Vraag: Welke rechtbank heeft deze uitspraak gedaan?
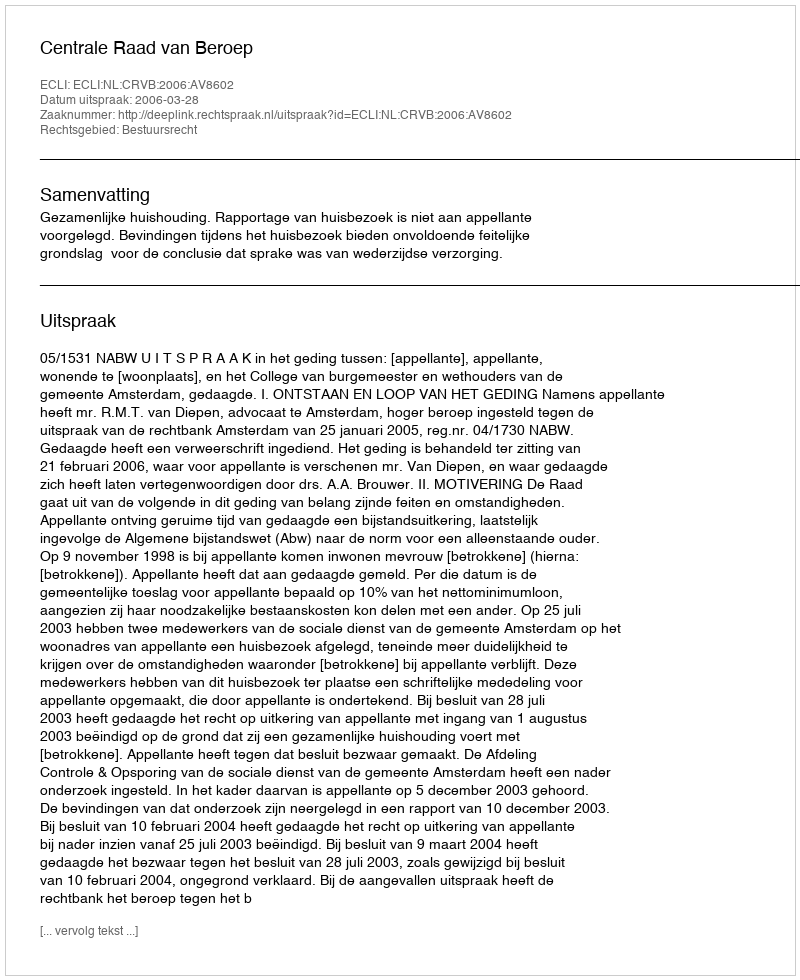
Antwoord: Centrale Raad van Beroep